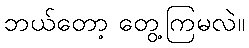
ဘယ်တော့ တွေ့ကြမလဲ။